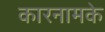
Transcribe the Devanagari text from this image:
कारनामके